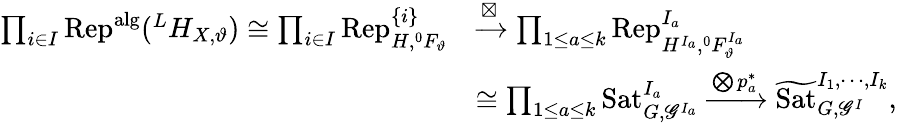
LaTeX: \begin{array}{rl}{\prod_{i\in I}\mathrm{Rep}^{\mathrm{alg}}(^{L}H_{X,\vartheta})\cong\prod_{i\in I}\mathrm{Rep}_{H,^{0}F_{\vartheta}}^{\{ i\} }}&{\xrightarrow{\boxtimes}\prod_{1\le a\le k}\mathrm{Rep}_{H^{I_{a}},^{0}F_{\vartheta}^{I_{a}}}^{I_{a}}}\\ &{\cong\prod_{1\le a\le k}\mathrm{Sat}_{G,\mathscr G^{I_{a}}}^{I_{a}}\xrightarrow{\bigotimes p_{a}^{*}}\widetilde{\mathrm{Sat}}_{G,\mathscr G^{I}}^{I_{1},\cdots,I_{k}},}\end{array}